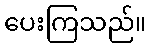
ပေးကြသည်။